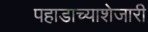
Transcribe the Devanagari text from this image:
पहाडाच्याशेजारी